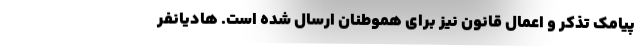
پیامک تذکر و اعمال قانون نیز برای هموطنان ارسال شده است. هادیانفر